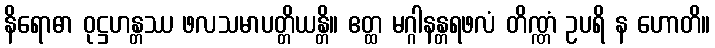
နိရောဓာ ဝုဋ္ဌဟန္တဿ ဖလသမာပတ္တိယန္တိ။ ဧတ္ထ မဂ္ဂါနန္တရဖလံ တိဏ္ဏံ ဥပရိ န ဟောတိ။